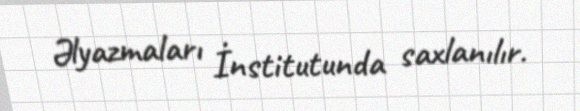
Əlyazmaları İnstitutunda saxlanılır.